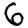
Digit: 6